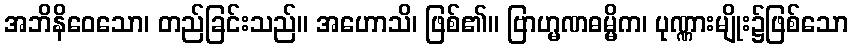
အဘိနိဝေသော၊ တည်ခြင်းသည်။ အဟောသိ၊ ဖြစ်၏။ ဗြာဟ္မဏဓမ္မိက၊ ပုဏ္ဏားမျိုး၌ဖြစ်သော